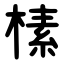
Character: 榡